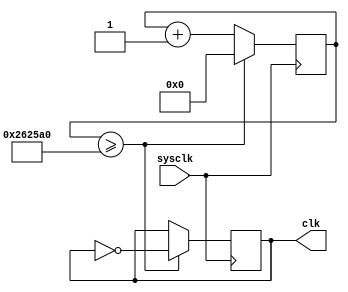
module AdjustClk(sysclk, clk);
input wire sysclk;
output reg clk;

reg [32:0] count;

initial begin
    count <= 0;
end

always @(posedge sysclk) begin
    if(count >= 2500000) begin
        clk = ~clk;
        count <= 0;
    end
    else
        count <= count + 1;
end

endmodule